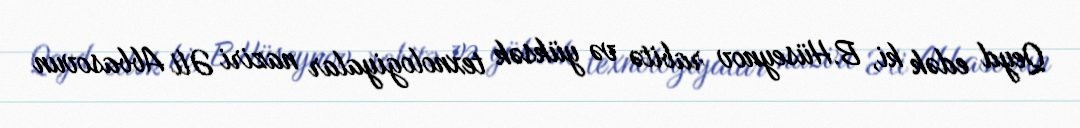
Qeyd edək ki, B.Hüseynov rabitə və yüksək texnologiyalar naziri Əli Abbasovun